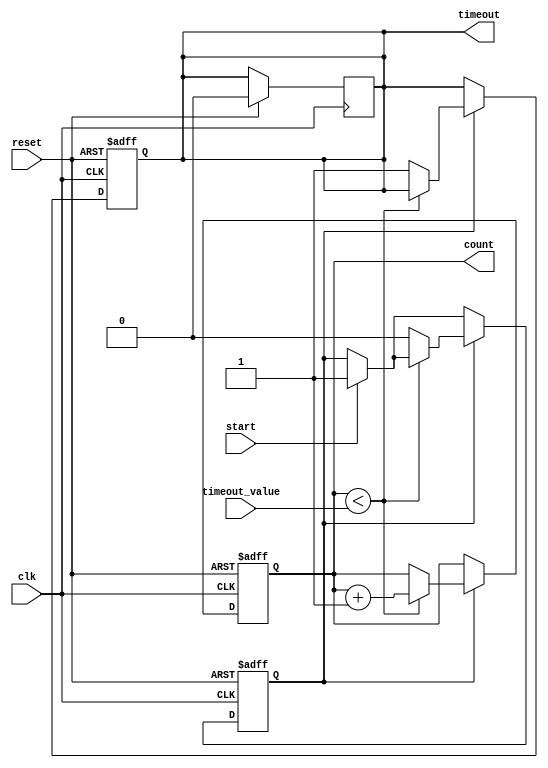
module timeout_counter #(
    parameter COUNTER_WIDTH = 8  // Parameter for the width of the count register
)(
    input wire clk,                // Clock input
    input wire reset,              // Asynchronous active-high reset
    input wire start,              // Active-high input to initiate counting
    input wire [COUNTER_WIDTH-1:0] timeout_value, // Parameterized timeout value
    output reg timeout,            // Active-high timeout signal
    output reg [COUNTER_WIDTH-1:0] count // Current count value
);

    // State parameters
    reg counting; // Indicates if the counter is currently counting

    // Asynchronous reset (active-high)
    always @(posedge clk or posedge reset) begin
        if (reset) begin
            count <= 0;          // Reset count to zero
            timeout <= 0;        // Clear timeout signal
            counting <= 0;       // Stop counting
        end else begin
            if (start) begin
                counting <= 1;    // Start counting when start is asserted
            end

            if (counting) begin
                if (count < timeout_value) begin
                    count <= count + 1; // Increment count
                end else begin
                    timeout <= 1;        // Assert timeout signal
                    counting <= 0;       // Stop counting
                end
            end
        end
    end

    // Logic to clear timeout signal when reset occurs
    always @(posedge clk) begin
        if (reset) begin
            timeout <= 0; // Reset timeout signal on reset
        end
    end

endmodule